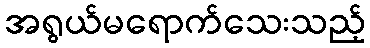
အရွယ်မရောက်သေးသည့်